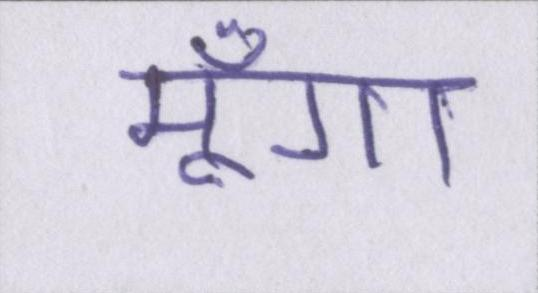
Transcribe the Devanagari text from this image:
मूँगा